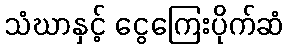
သံဃာနှင့် ငွေကြေးပိုက်ဆံ